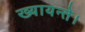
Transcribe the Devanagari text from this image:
ख्यायन्ते।